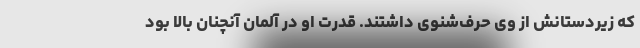
که زیردستانش از وی حرف‌شنوی داشتند. قدرت او در آلمان آنچنان بالا بود